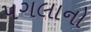
પગલાનો